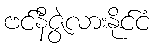
ဗင်နီဇွဲလားနိုင်ငံ